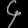
Digit: ၄